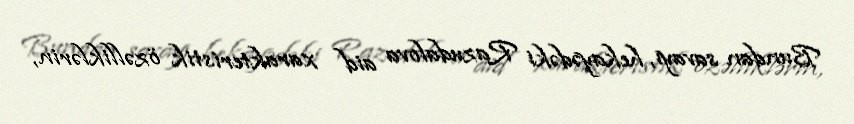
Bundan savayı, hekayədəki Razudalova aid xarakteristik özəlliklərin,